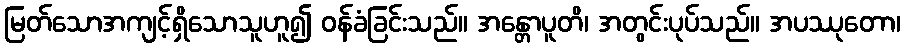
မြတ်သောအကျင့်ရှိသောသူဟူ၍ ဝန်ခံခြင်းသည်။ အန္တောပူတိ၊ အတွင်းပုပ်သည်။ အပဿုတော၊